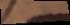
d